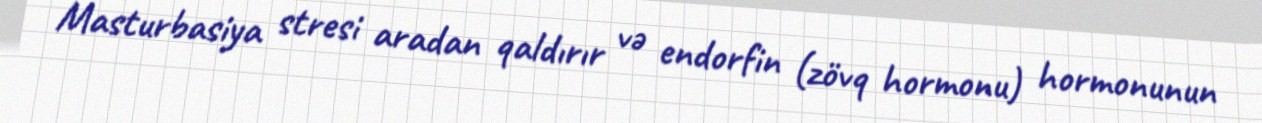
Masturbasiya stresi aradan qaldırır və endorfin (zövq hormonu) hormonunun